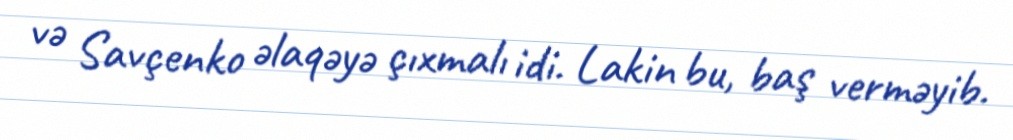
və Savçenko əlaqəyə çıxmalı idi. Lakin bu, baş verməyib.